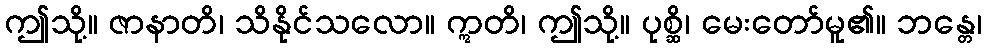
ဤသို့။ ဇာနာတိ၊ သိနိုင်သလော။ ဣတိ၊ ဤသို့။ ပုစ္ဆိ၊ မေးတော်မူ၏။ ဘန္တေ၊